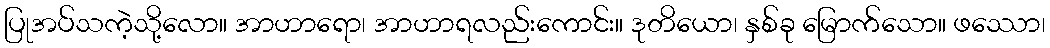
ပြုအပ်သကဲ့သို့လော။ အာဟာရော၊ အာဟာရလည်းကောင်း။ ဒုတိယော၊ နှစ်ခု မြောက်သော။ ဖဿော၊